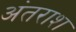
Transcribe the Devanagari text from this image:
अंतराश